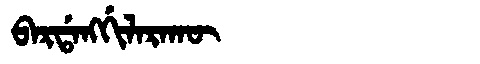
Manchu: ᠪᠠᡵᡩᠠᠩᡤᡳᠯᠠᡵᠠᡴᡡ
Romanization: BARDANGGILARAKŪ